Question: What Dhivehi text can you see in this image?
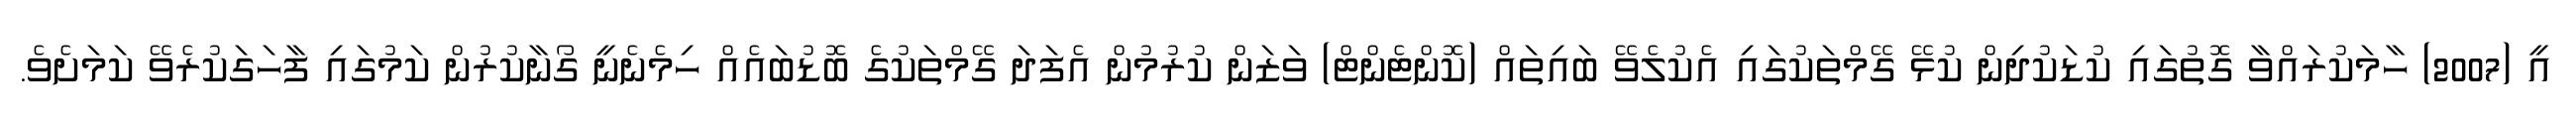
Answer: އީ (2007) ހާމަކުރައްވާ ގޮތުގައި ކުޑަކުދިން ކުޅޭ ގޭމްތަކުގައި އެކުލެވޭ ބައިތައް (ކޮންޓެންޓް) ވަޒަން ކުރުމުން އެފަދަ ގޭމްތަކުގެ ބޮޑުބައެއް ހިމެނެނީ ގޯނާކުރުން ކަމުގައި ފާހަގަކުރެވޭ ކަމަށެވެ.